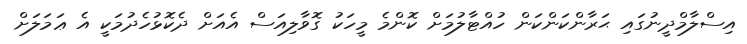
އިސްލާމްދީނުގައި ޙަރާންކަންކަން ހުއްޓާލުމަށް ކޮންމެ މީހަކު ގޮވާލިއަސް އެއަށް ދެކޮޅުހެދުމަކީ އެ ޢަމަލަށް